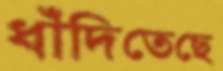
ধাঁদিতেছে